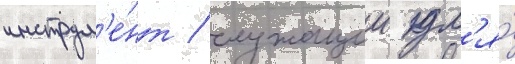
инструм'е́нт / служащии дл'я́